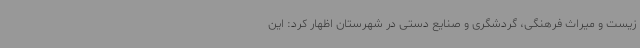
زیست و میراث فرهنگی، گردشگری و صنایع دستی در شهرستان اظهار کرد: این